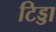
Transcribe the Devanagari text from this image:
टिड्डा